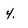
Character: 4